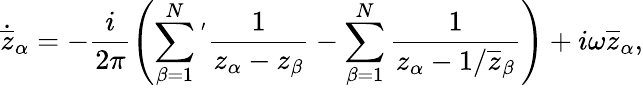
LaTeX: \dot{\overline{z}}_{\alpha}=-\frac{i}{2\pi}\left(\sum_{\beta=1}^{N}\phantom{}^{'}\frac{1}{z_{\alpha}-z_{\beta}}-\sum_{\beta=1}^{N}\frac{1}{z_{\alpha}-1/\overline{{z}}_{\beta}}\right)+i\omega\overline{{z}}_{\alpha},